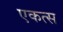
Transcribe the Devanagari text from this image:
एकत्स